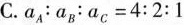
C.$$a_{A}:a_{B}:a_{C}=4:2:1$$